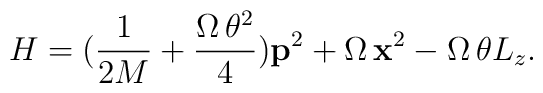
H = (\frac{1}{2M} + \frac{ \Omega\, \theta^2}{4}) {\bf p}^2 + \Omega\, {\bf x}^2 - \Omega\, \theta L_z.